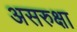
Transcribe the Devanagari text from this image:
असरुक्षा